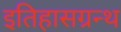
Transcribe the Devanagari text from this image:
इतिहासग्रन्थ